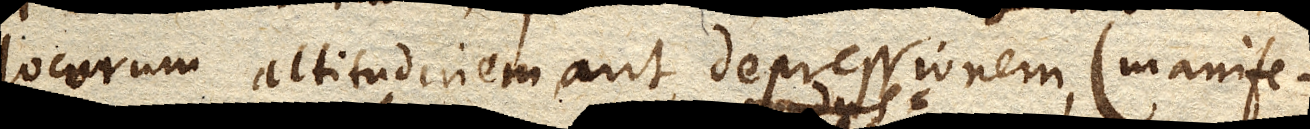
locorum altitudinem aut depressionem, (manife–